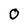
Character: 0